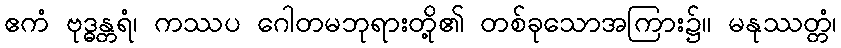
ဧကံ ဗုဒ္ဓန္တရံ၊ ကဿပ ဂေါတမဘုရားတို့၏ တစ်ခုသောအကြား၌။ မနုဿတ္တံ၊